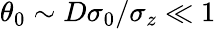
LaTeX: \theta_{0}\sim D\sigma_{0}/\sigma_{z}\ll 1